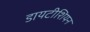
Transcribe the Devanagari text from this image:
डायटीशियन